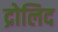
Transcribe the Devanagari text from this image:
द्रोलिद